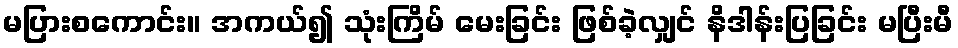
မပြားစကောင်း။ အကယ်၍ သုံးကြိမ် မေးခြင်း ဖြစ်ခဲ့လျှင် နိဒါန်းပြခြင်း မပြီးမီ